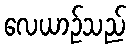
လေယာဉ်သည်